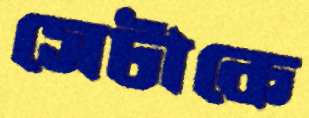
সেটাকে